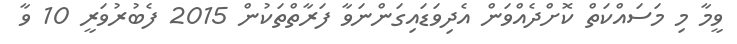
ވީމާ މި މަސައްކަތް ކޮށްދެއްވަން އެދިވަޑައިގަންނަވާ ފަރާތްތަކުން 2015 ފެބުރުވަރީ 10 ވާ